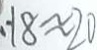
1 8 \approx 2 0